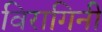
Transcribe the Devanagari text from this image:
विरागिनी